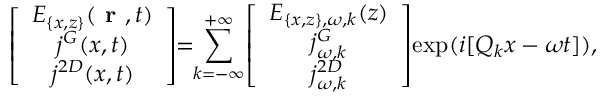
\left[ \begin{array} { c } { E _ { \{ x , z \} } ( \textbf { r } , t ) } \\ { j ^ { G } ( x , t ) } \\ { j ^ { 2 D } ( x , t ) } \end{array} \right] \! \! = \! \! \sum _ { k = - \infty } ^ { + \infty } \! \left[ \begin{array} { c } { E _ { \{ x , z \} , \omega , k } ( z ) } \\ { j _ { \omega , k } ^ { G } } \\ { j _ { \omega , k } ^ { 2 D } } \end{array} \right] \! \exp ( i [ Q _ { k } x - \omega t ] ) ,